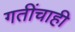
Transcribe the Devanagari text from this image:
गतींचाही